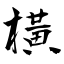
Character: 橫